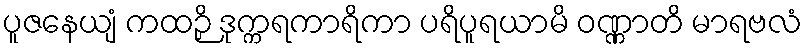
ပူဇနေယျံ ကထဉှိ ဒုက္ကရကာရိကာ ပရိပူရယာမိ ဝဏ္ဏာတိ မာရဗလံ